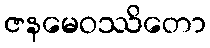
ဇနမေဝဿိတော